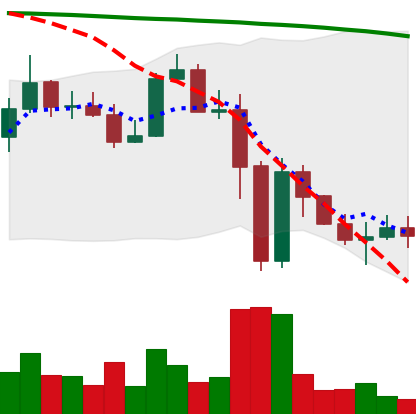
Ticker: ADA-USD
Chart end date: 2022-11-16
Forward return: -8.374%
Label: down_7plus